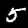
Label: 5